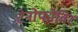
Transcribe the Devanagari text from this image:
टेनोफोविर